Indian journal of veterinary science and animal husbandry - Volume 4,
Year: 1934
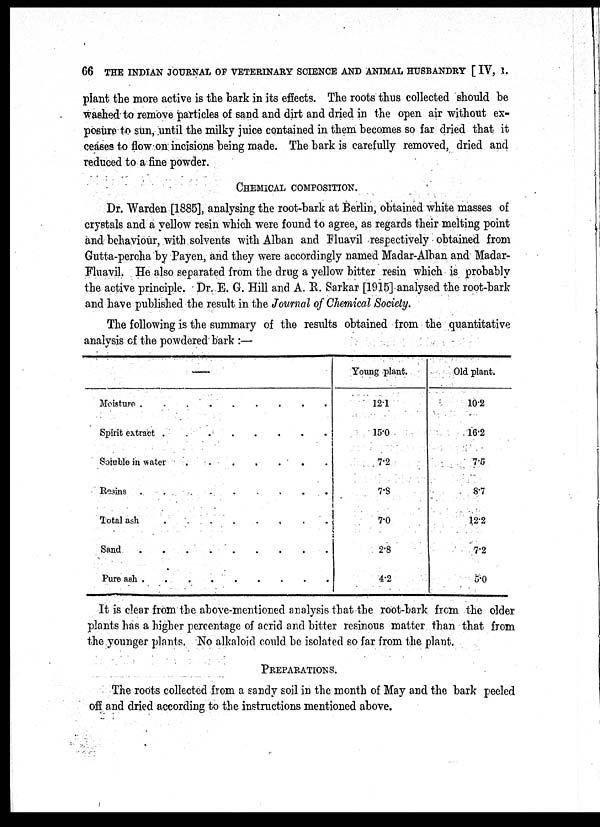
66 THE INDIAN JOURNAL OF VETERINARY SCIENCE AND ANIMAL HUSBANDRY [ IV, 1.
plant the more active is the bark in its effects. The roots thus collected should be
washed to remove particles of sand and dirt and dried in the open air without ex-
posure to sun, until the milky juice contained in them becomes so far dried that it
ceases to flow on incisions being made. The bark is carefully removed, dried and
reduced to a fine powder.
CHEMICAL COMPOSITION.
Dr. Warden [1885], analysing the root-bark at Berlin, obtained white masses of
crystals and a yellow resin which were found to agree, as regards their melting point
and behaviour, with solvents with Alban and Fluavil respectively obtained from
Gutta-percha by Payen, and they were accordingly named Madar-Alban and Madar¬
Fluavil. He also separated from the drug a yellow bitter resin which is probably
the active principle. Dr. E. G. Hill and A. R. Sarkar [1915] analysed the root-bark
and have published, the result in the Journal of Chemical Society.
The following is the summary of the results obtained from the quantitative
analysis of the powdered bark :—
—
Moisture
.......
Spirit extract
.......
Soluble in water
......
Resins
.....
Total ash
......
Sand
.....
Pure ash
......
Young plant.
12.1
15.0
7.2
7.8
7.0
2.8
4.2
Old plant.
10.2
16.2
7.6
8.7
12.2
7.2
5.0
It is clear from the above-mentioned analysis that the root-bark from the older
plants has a higher percentage of acrid and bitter resinous matter than that from
the younger plants. No alkaloid could be isolated so far from the plant.
PREPARATIONS.
The roots collected from a sandy soil in the month of May and the bark peeled
off and dried according to the instructions mentioned above.